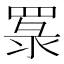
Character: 𦋏